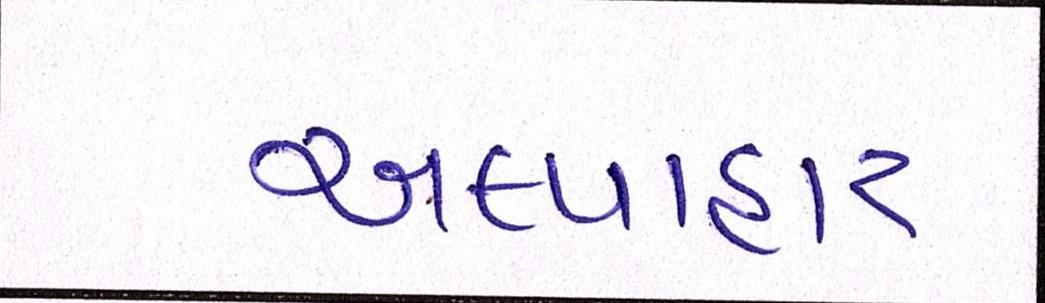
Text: અલ્પાહાર